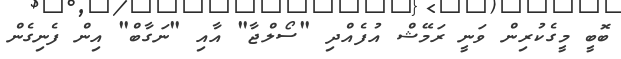
ބޮބީ މީގެކުުރިން ވަނީ ރަމޭޝް އުފެއްދި "ސޯލްޖާ" އާއި "ނަގާބް" އިން ފެނިގެން